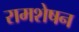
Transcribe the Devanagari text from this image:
रामशेषन